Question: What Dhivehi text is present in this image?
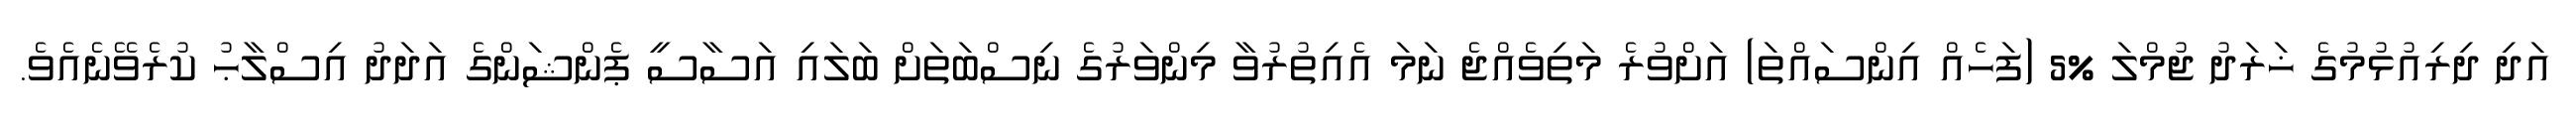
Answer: އަދި ދިރިއުޅުމުގެ ޚަރަދު ޖުމްލަ %5 (ފަހެއް އިންސައްތަ) އަށްވުރެ މަތިވެއްޖެ ނަމަ އެއިތުރުވާ މިންވަރުގެ ނިސްބަތަށް ބަލައި އަސާސީ ޕެންޝަންގެ އަދަދު އިސްލާޙު ކުރެވޭނެއެވެ.